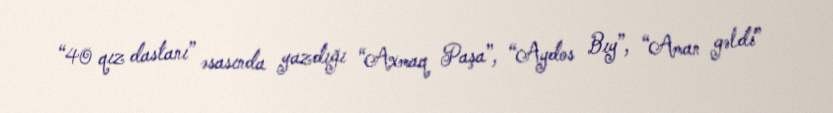
“40 qız dastanı” əsasında yazdığı “Axmaq Paşa”, “Aydos Bıy”, “Aman gəldi”